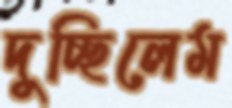
দুচ্ছিলেম